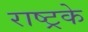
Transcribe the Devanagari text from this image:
राष्ट्रके